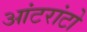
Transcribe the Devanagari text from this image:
आंटरांटो